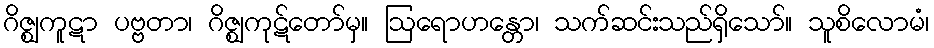
ဂိဇ္ဈကူဋာ ပဗ္ဗတာ၊ ဂိဇ္ဈကုဋ်တော်မှ။ ဩရောဟန္တော၊ သက်ဆင်းသည်ရှိသော်။ သူစိလောမံ၊